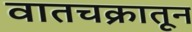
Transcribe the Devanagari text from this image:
वातचक्रातून